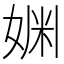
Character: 𫰿